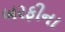
બરફીના